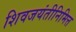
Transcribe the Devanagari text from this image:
शिवजयंतीनिमित्त